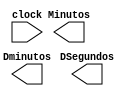
// Declaracao do modulo temporizador 
module Temporizador (clock, DSegundos, Minutos, Dminutos);

	// Declaracao de portas
   input clock;
	output DSegundos, Minutos, Dminutos;
	
	// Fios intermediarios
	wire reset, And_Qb0_Qb1;
	wire [3:0] Q, Qb;
	
	// "AND's" de transicao do contador
	and And1 (And1_Qb1, Qb[0], Qb[1]);
	and And2 (And2_Qb2, Qb[2], And1_Qb1);
	
	// Funcionamento do circuito
	

	
	
endmodule